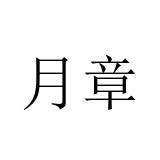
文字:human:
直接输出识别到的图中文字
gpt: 月章